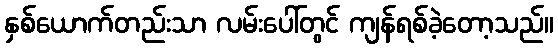
နှစ်ယောက်တည်းသာ လမ်းပေါ်တွင် ကျန်ရစ်ခဲ့တော့သည်။